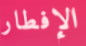
الإفطار